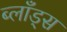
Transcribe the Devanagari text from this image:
ब्लाँड्स